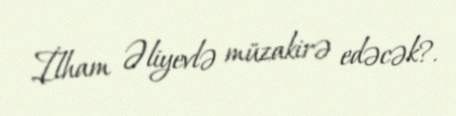
İlham Əliyevlə müzakirə edəcək?.